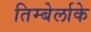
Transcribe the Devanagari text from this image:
तिम्बेर्लाके